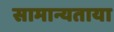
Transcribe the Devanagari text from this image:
सामान्यताया